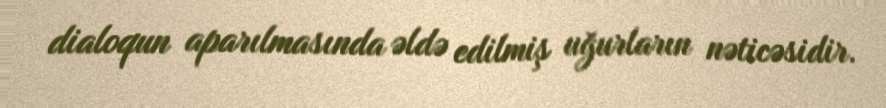
dialoqun aparılmasında əldə edilmiş uğurların nəticəsidir.